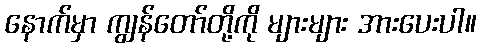
နောက်မှာ ကျွန်တော်တို့ကို များများ အားပေးပါ။